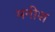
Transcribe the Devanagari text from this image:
मनीश